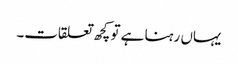
یہاں رہنا ہے تو کچھ تعلقات۔